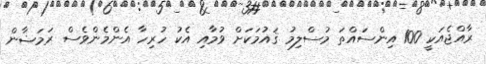
ރާއްޖެއަކީ 100 އިންސައްތަ މުސްލިމު ޤައުމަކަށް ވުމާއި އެކު ހުރިހާ އެންމެންވެސް ރަމަޟާން